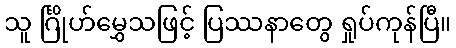
သူ င်္ဂြိုဟ်မွှေသဖြင့် ပြဿနာတွေ ရှုပ်ကုန်ပြီ။